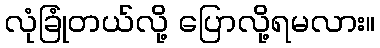
လုံခြုံတယ်လို့ ပြောလို့ရမလား။